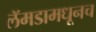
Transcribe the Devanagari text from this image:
लॅमडामधूनच